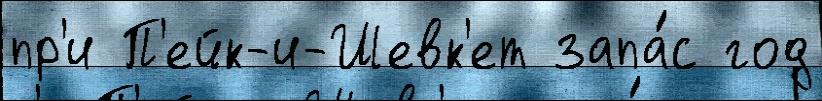
пр'и П'ейк-и-Шевк'ет запа́с год